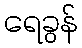
ရေခွန်